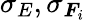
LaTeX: \sigma_{E},\sigma_{\boldsymbol{F}_{i}}